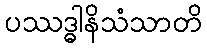
ပဿဒ္ဓါနိသံသာတိ